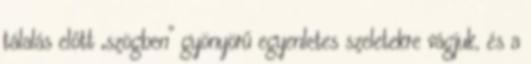
tálalás előtt „szögben” gyönyörű egyenletes szeletekre vágjuk, és a